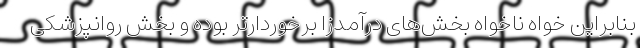
بنابراین خواه‌ ناخواه بخش‌های درآمدزا برخوردارتر بوده و بخش روانپزشکی